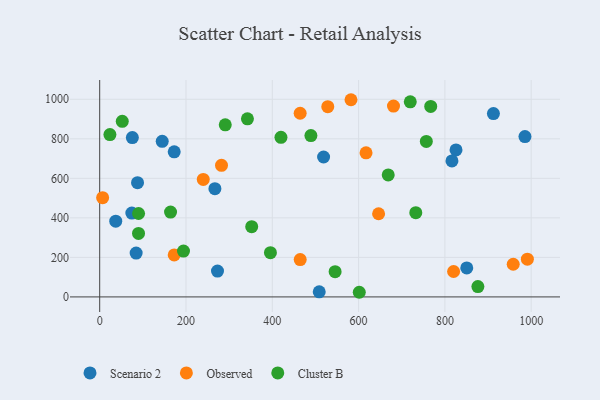
{"axis": {"x": "Experience", "y": "Exam Score"}, "legend": ["Cluster B", "Observed", "Scenario 2"], "data": [{"x": "508.8", "y": 26.0, "type": "Scenario 2"}, {"x": "84.5", "y": 221.8, "type": "Scenario 2"}, {"x": "172.7", "y": 734.3, "type": "Scenario 2"}, {"x": "37.2", "y": 383.5, "type": "Scenario 2"}, {"x": "825.8", "y": 743.7, "type": "Scenario 2"}, {"x": "816.4", "y": 688.2, "type": "Scenario 2"}, {"x": "267.0", "y": 547.5, "type": "Scenario 2"}, {"x": "273.0", "y": 130.9, "type": "Scenario 2"}, {"x": "87.7", "y": 578.2, "type": "Scenario 2"}, {"x": "985.6", "y": 811.3, "type": "Scenario 2"}, {"x": "518.9", "y": 708.0, "type": "Scenario 2"}, {"x": "75.7", "y": 806.5, "type": "Scenario 2"}, {"x": "74.5", "y": 424.4, "type": "Scenario 2"}, {"x": "850.7", "y": 146.5, "type": "Scenario 2"}, {"x": "912.5", "y": 927.9, "type": "Scenario 2"}, {"x": "144.9", "y": 787.4, "type": "Scenario 2"}, {"x": "464.7", "y": 189.0, "type": "Observed"}, {"x": "958.4", "y": 165.2, "type": "Observed"}, {"x": "6.8", "y": 502.4, "type": "Observed"}, {"x": "464.6", "y": 929.4, "type": "Observed"}, {"x": "282.3", "y": 665.7, "type": "Observed"}, {"x": "991.2", "y": 190.9, "type": "Observed"}, {"x": "680.9", "y": 965.7, "type": "Observed"}, {"x": "172.7", "y": 212.5, "type": "Observed"}, {"x": "240.0", "y": 594.5, "type": "Observed"}, {"x": "646.4", "y": 420.9, "type": "Observed"}, {"x": "528.6", "y": 962.7, "type": "Observed"}, {"x": "582.4", "y": 997.8, "type": "Observed"}, {"x": "820.2", "y": 128.5, "type": "Observed"}, {"x": "617.3", "y": 729.0, "type": "Observed"}, {"x": "601.6", "y": 23.5, "type": "Cluster B"}, {"x": "719.8", "y": 987.4, "type": "Cluster B"}, {"x": "489.5", "y": 816.6, "type": "Cluster B"}, {"x": "668.7", "y": 617.2, "type": "Cluster B"}, {"x": "164.2", "y": 429.1, "type": "Cluster B"}, {"x": "757.0", "y": 786.6, "type": "Cluster B"}, {"x": "90.1", "y": 422.0, "type": "Cluster B"}, {"x": "732.6", "y": 426.1, "type": "Cluster B"}, {"x": "194.2", "y": 232.2, "type": "Cluster B"}, {"x": "545.6", "y": 127.6, "type": "Cluster B"}, {"x": "90.0", "y": 321.1, "type": "Cluster B"}, {"x": "767.2", "y": 964.1, "type": "Cluster B"}, {"x": "352.3", "y": 355.5, "type": "Cluster B"}, {"x": "52.3", "y": 888.6, "type": "Cluster B"}, {"x": "291.0", "y": 870.8, "type": "Cluster B"}, {"x": "395.7", "y": 223.9, "type": "Cluster B"}, {"x": "23.7", "y": 821.4, "type": "Cluster B"}, {"x": "420.1", "y": 807.7, "type": "Cluster B"}, {"x": "876.5", "y": 52.2, "type": "Cluster B"}, {"x": "342.4", "y": 901.4, "type": "Cluster B"}]}